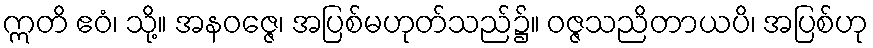
ဣတိ ဧဝံ၊ သို့။ အနဝဇ္ဇေ၊ အပြစ်မဟုတ်သည်၌။ ဝဇ္ဇသညိတာယပိ၊ အပြစ်ဟု